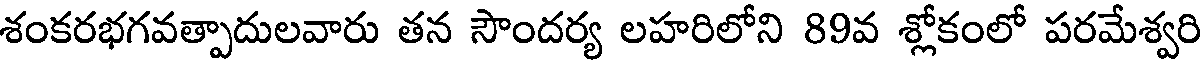
శంకరభగవత్పాదులవారు తన సౌందర్య లహరిలోని 89వ శ్లోకంలో పరమేశ్వరి